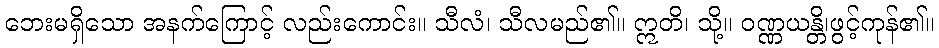
ဘေးမရှိသော အနက်ကြောင့် လည်းကောင်း။ သီလံ၊ သီလမည်၏။ ဣတိ၊ သို့။ ဝဏ္ဏယန္တိ၊ဖွင့်ကုန်၏။